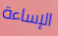
الإساءة